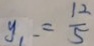
y _ { 1 } = \frac { 1 2 } { 5 }